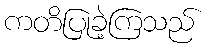
ကတိပြုခဲ့ကြသည်